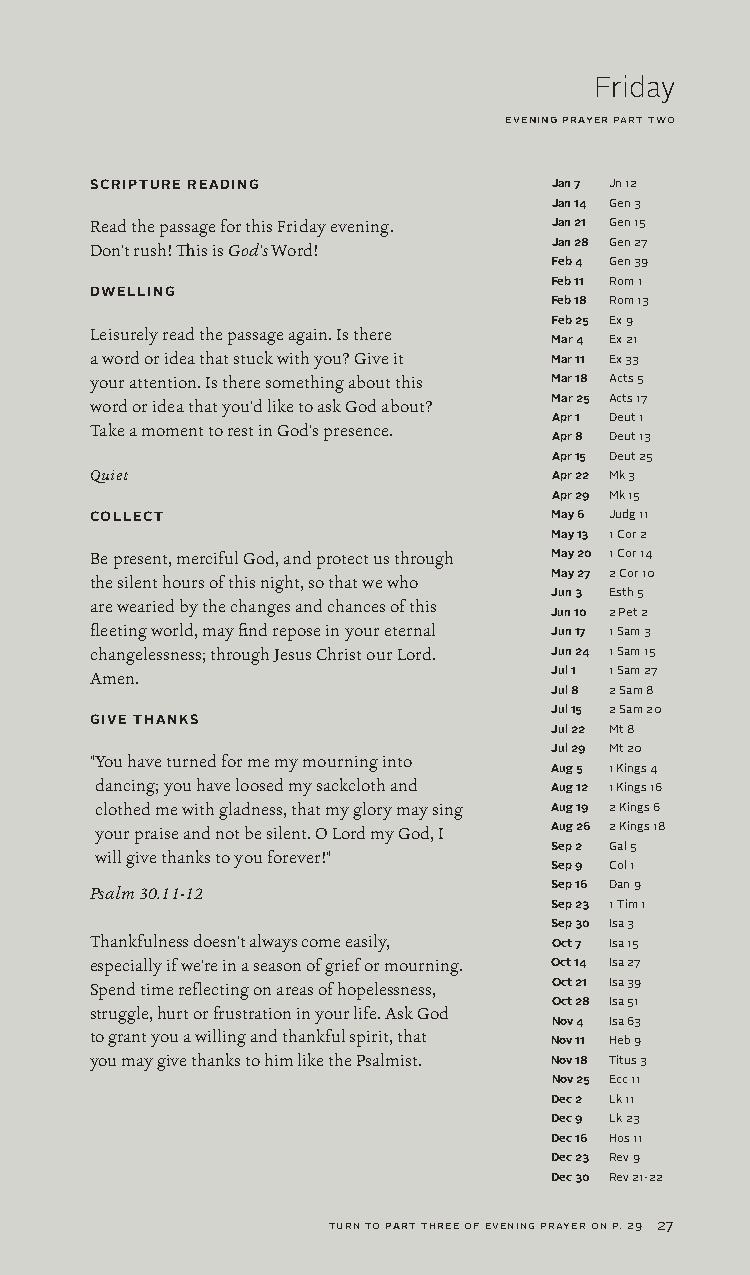
Friday
 evening prayer part two
 SCRIPTURE READING              Jan 7 Jn 12
 Jan 14 Gen 3
 Read the passage for this Friday evening. Jan 21 Gen 15
 Don't rush! This is God's Word! Jan 28 Gen 27
 Feb 4 Gen 39
 Feb 11 Rom 1
 DWELLING
 Feb 18 Rom 13
 Feb 25 Ex 9
 Leisurely read the passage again. Is there
 Mar 4 Ex 21
 a word or idea that stuck with you? Give it Mar 11 Ex 33
 your attention. Is there something about this Mar 18 Acts 5
 word or idea that you'd like to ask God about? Mar 25 Acts 17
 Apr 1 Deut 1
 Take a moment to rest in God's presence.
 Apr 8 Deut 13
 Apr 15 Deut 25
 Quiet                          Apr 22 Mk 3
 Apr 29 Mk 15
 COLLECT                        May 6 Judg 11
 May 13 1 Cor 2
 Be present, merciful God, and protect us through May 20 1 Cor 14
 May 27 2 Cor 10
 the silent hours of this night, so that we who
 Jun 3 Esth 5
 are wearied by the changes and chances of this
 Jun 10 2 Pet 2
 fleeting world, may find repose in your eternal Jun 17 1 Sam 3
 changelessness; through Jesus Christ our Lord. Jun 24 1 Sam 15
 Amen.                          Jul 1 1 Sam 27
 Jul 8 2 Sam 8
 Jul 15 2 Sam 20
 GIVE THANKS
 Jul 22 Mt 8
 Jul 29 Mt 20
 " You have turned for me my mourning into
 Aug 5 1 Kings 4
 dancing; you have loosed my sackcloth and Aug 12 1 Kings 16
 clothed me with gladness, that my glory may sing Aug 19 2 Kings 6
 your praise and not be silent. O Lord my God, I Aug 26 2 Kings 18
 Sep 2 Gal 5
 will give thanks to you forever!"
 Sep 9 Col 1
 Psalm 30.11-12                 Sep 16 Dan 9
 Sep 23 1 Tim 1
 Sep 30 Isa 3
 Thankfulness doesn't always come easily, Oct 7 Isa 15
 especially if we're in a season of grief or mourning. Oct 14 Isa 27
 Spend time reflecting on areas of hopelessness, Oct 21 Isa 39
 Oct 28 Isa 51
 struggle, hurt or frustration in your life. Ask God
 Nov 4 Isa 63
 to grant you a willing and thankful spirit, that Nov 11 Heb 9
 you may give thanks to him like the Psalmist. Nov 18 Titus 3
 Nov 25 Ecc 11
 Dec 2 Lk 11
 Dec 9 Lk 23
 Dec 16 Hos 11
 Dec 23 Rev 9
 Dec 30 Rev 21-22
 turn to part three of evening prayer on p. 29 27